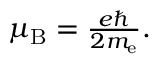
\textstyle \mu _ { \mathrm { B } } = { \frac { e \hbar } { 2 m _ { \mathrm { e } } } } .